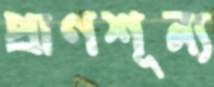
প্রাণশূন্য